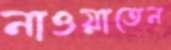
নাওয়াতেন